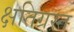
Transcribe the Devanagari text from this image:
क्षतिग्रस्‍त